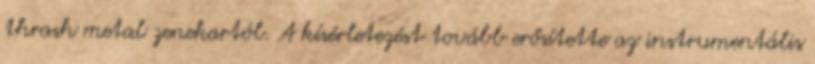
thrash metal zenekartól. A kísérletezést tovább erősítette az instrumentális